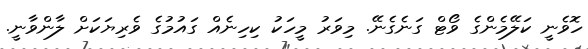
ހޮވެނީ ކަލޭމެންގެ ވޯޓް ގަނެގެނޭ. މިވަރު މީހަކު ކިހިނެއް ގައުމުގެ ވެރިޔަކަށް ލާންވާނީ.